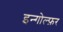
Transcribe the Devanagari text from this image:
इन्गोल्फ़र